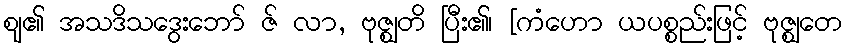
ဈ၏ အသဒိသဒွေးဘော် ဇ် လာ, ဗုဇ္ဈတိ ပြီး၏၊ [ကံဟော ယပစ္စည်းဖြင့် ဗုဇ္ဈတေ